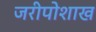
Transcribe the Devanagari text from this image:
जरीपोशाख